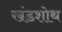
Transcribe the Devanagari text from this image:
खंडशोथ